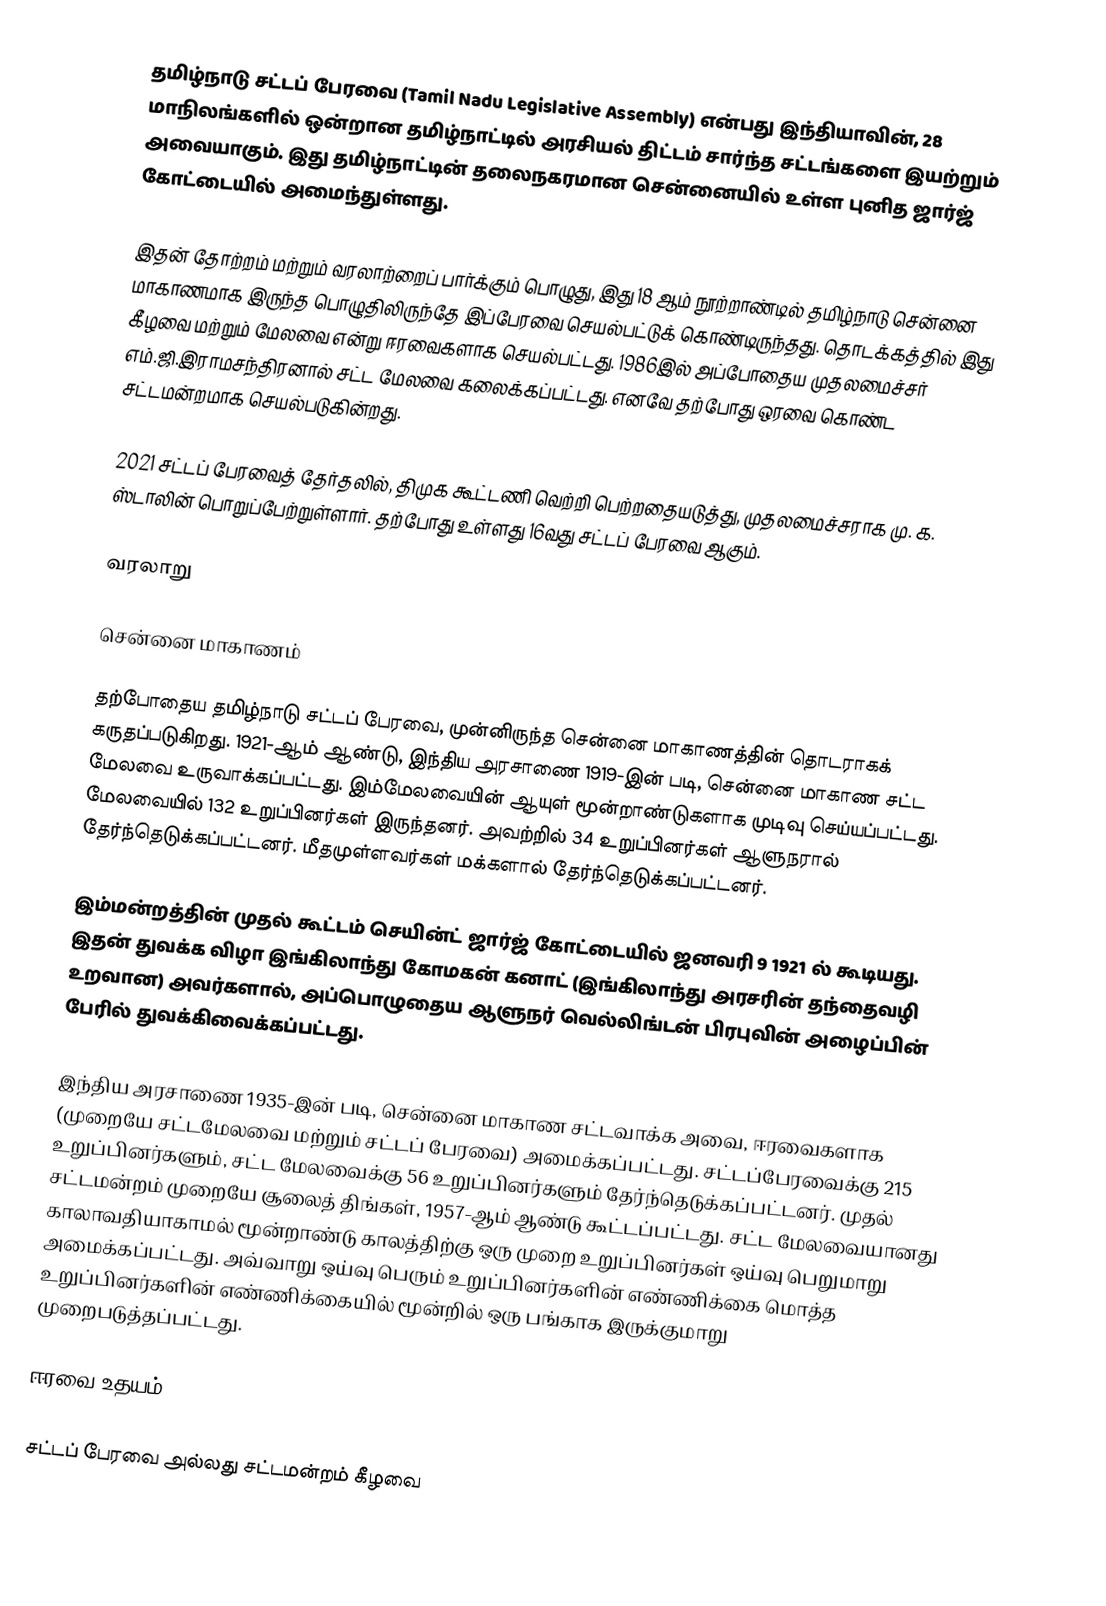
தமிழ்நாடு சட்டப் பேரவை (Tamil Nadu Legislative Assembly) என்பது இந்தியாவின், 28 மாநிலங்களில் ஒன்றான தமிழ்நாட்டில் அரசியல் திட்டம் சார்ந்த சட்டங்களை இயற்றும் அவையாகும். இது தமிழ்நாட்டின் தலைநகரமான சென்னையில் உள்ள புனித ஜார்ஜ் கோட்டையில் அமைந்துள்ளது.

இதன் தோற்றம் மற்றும் வரலாற்றைப் பார்க்கும் பொழுது, இது 18 ஆம் நூற்றாண்டில் தமிழ்நாடு சென்னை மாகாணமாக இருந்த பொழுதிலிருந்தே இப்பேரவை செயல்பட்டுக் கொண்டிருந்தது. தொடக்கத்தில் இது கீழவை மற்றும் மேலவை என்று ஈரவைகளாக செயல்பட்டது. 1986இல் அப்போதைய முதலமைச்சர் எம்.ஜி.இராமசந்திரனால் சட்ட மேலவை கலைக்கப்பட்டது. எனவே தற்போது ஒரவை கொண்ட சட்டமன்றமாக செயல்படுகின்றது.

2021 சட்டப் பேரவைத் தேர்தலில், திமுக கூட்டணி வெற்றி பெற்றதையடுத்து, முதலமைச்சராக மு. க. ஸ்டாலின் பொறுப்பேற்றுள்ளார். தற்போது உள்ளது 16வது சட்டப் பேரவை ஆகும்.

வரலாறு

சென்னை மாகாணம்

தற்போதைய தமிழ்நாடு சட்டப் பேரவை, முன்னிருந்த சென்னை மாகாணத்தின் தொடராகக் கருதப்படுகிறது. 1921-ஆம் ஆண்டு, இந்திய அரசாணை 1919-இன் படி, சென்னை மாகாண சட்ட மேலவை உருவாக்கப்பட்டது. இம்மேலவையின் ஆயுள் மூன்றாண்டுகளாக முடிவு செய்யப்பட்டது. மேலவையில் 132 உறுப்பினர்கள் இருந்தனர். அவற்றில் 34 உறுப்பினர்கள் ஆளுநரால் தேர்ந்தெடுக்கப்பட்டனர். மீதமுள்ளவர்கள் மக்களால் தேர்ந்தெடுக்கப்பட்டனர்.

இம்மன்றத்தின் முதல் கூட்டம் செயின்ட் ஜார்ஜ் கோட்டையில் ஜனவரி 9 1921 ல் கூடியது. இதன் துவக்க விழா  இங்கிலாந்து கோமகன் கனாட் (இங்கிலாந்து அரசரின் தந்தைவழி உறவான) அவர்களால், அப்பொழுதைய ஆளுநர் வெல்லிங்டன் பிரபுவின் அழைப்பின் பேரில் துவக்கிவைக்கப்பட்டது.

இந்திய அரசாணை 1935-இன் படி, சென்னை மாகாண சட்டவாக்க அவை, ஈரவைகளாக (முறையே சட்டமேலவை மற்றும் சட்டப் பேரவை) அமைக்கப்பட்டது. சட்டப்பேரவைக்கு 215 உறுப்பினர்களும், சட்ட மேலவைக்கு 56 உறுப்பினர்களும் தேர்ந்தெடுக்கப்பட்டனர். முதல் சட்டமன்றம் முறையே சூலைத் திங்கள், 1957-ஆம் ஆண்டு கூட்டப்பட்டது. சட்ட மேலவையானது காலாவதியாகாமல் மூன்றாண்டு காலத்திற்கு ஒரு முறை உறுப்பினர்கள் ஒய்வு பெறுமாறு அமைக்கப்பட்டது. அவ்வாறு ஒய்வு பெரும் உறுப்பினர்களின் எண்ணிக்கை மொத்த உறுப்பினர்களின் எண்ணிக்கையில் மூன்றில் ஒரு பங்காக இருக்குமாறு முறைபடுத்தப்பட்டது.

ஈரவை உதயம்

சட்டப் பேரவை அல்லது சட்டமன்றம் கீழவை